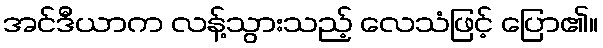
အင်ဒီယာက လန့်သွားသည့် လေသံဖြင့် ပြော၏။